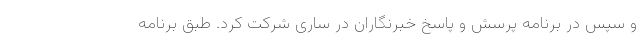
و سپس در برنامه پرسش و پاسخ خبرنگاران در ساری شرکت کرد. طبق برنامه